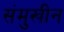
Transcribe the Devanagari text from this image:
संमुखीन